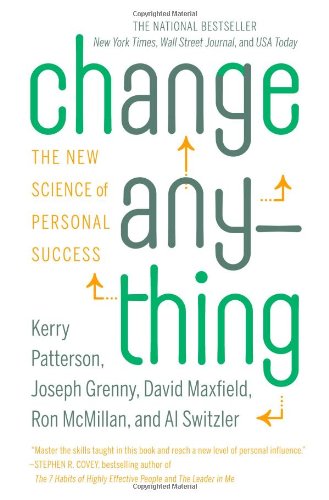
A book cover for Change Anything: The New Science of Personal Success; Kerry Patterson; Health, Fitness & Dieting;